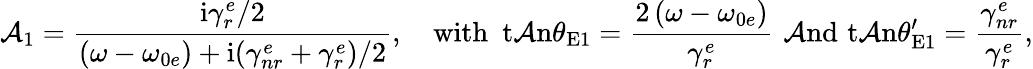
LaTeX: \mathcal{A}_{1}=\frac{{\mathrm{{i}}\gamma_{r}^{e}/2}}{{\left(\omega-\omega_{0e}\right)+\mathrm{{i}}(\gamma_{nr}^{e}+\gamma_{r}^{e})/2}},\quad\mathrm{{with}}\, \, \, \mathrm{{t\mathcal{A}n}}\theta_{\mathrm{{E}}1}=\frac{{2\left(\omega-\omega_{0e}\right)}}{{\gamma_{r}^{e}}}\, \, \mathrm{{\mathcal{A}nd}}\, \, \mathrm{{t\mathcal{A}n}}\theta_{\mathrm{{E}}1}^{\prime}=\frac{{\gamma_{nr}^{e}}}{{\gamma_{r}^{e}}},